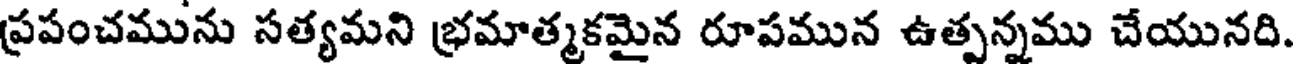
ప్రపంచమును సత్యమని భ్రమాత్మకమైన రూపమున ఉత్పన్నము చేయునది.